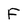
Character: F